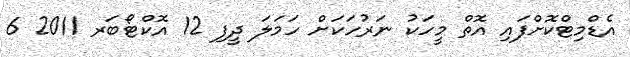
އެޑްމިޓްކޮށްފައި އޮތް މީހަކު ނަރުހަކަށް ހަމަލަ ދީފި 12 އޮކްޓޯބަރ 2011 6